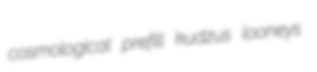
cosmological prefill kudzus looneys